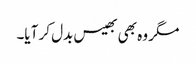
مگر وہ بھی بھیس بدل کر آیا۔